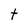
Character: t